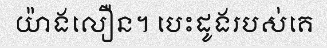
យ៉ាងលឿន។ បេះដូងរបស់គេ